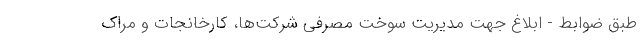
طبق ضوابط - ابلاغ جهت مدیریت سوخت مصرفی شرکت‌ها، کارخانجات و مراک